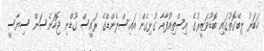
ޚަބަރު ލިބޭގޮތުގައި ބޮޑުވަޒީރުގެ އިސްތިއުފާއާ ގުޅިގެން އައިސްލެންޑްގެ ރައީސް ގޫޑްނި ޖޮހަނެސަން ސިޔާސީ